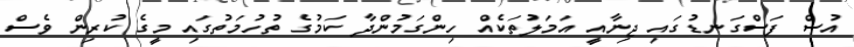
އުސް ފަސްގަނޑުގައި ޖިނާއީ އަމަލުތަކެއް ހިންގަމުންދާ ކަމުގެ ތުހުމަތުގައި މީގެ ކުރިން ވެސް